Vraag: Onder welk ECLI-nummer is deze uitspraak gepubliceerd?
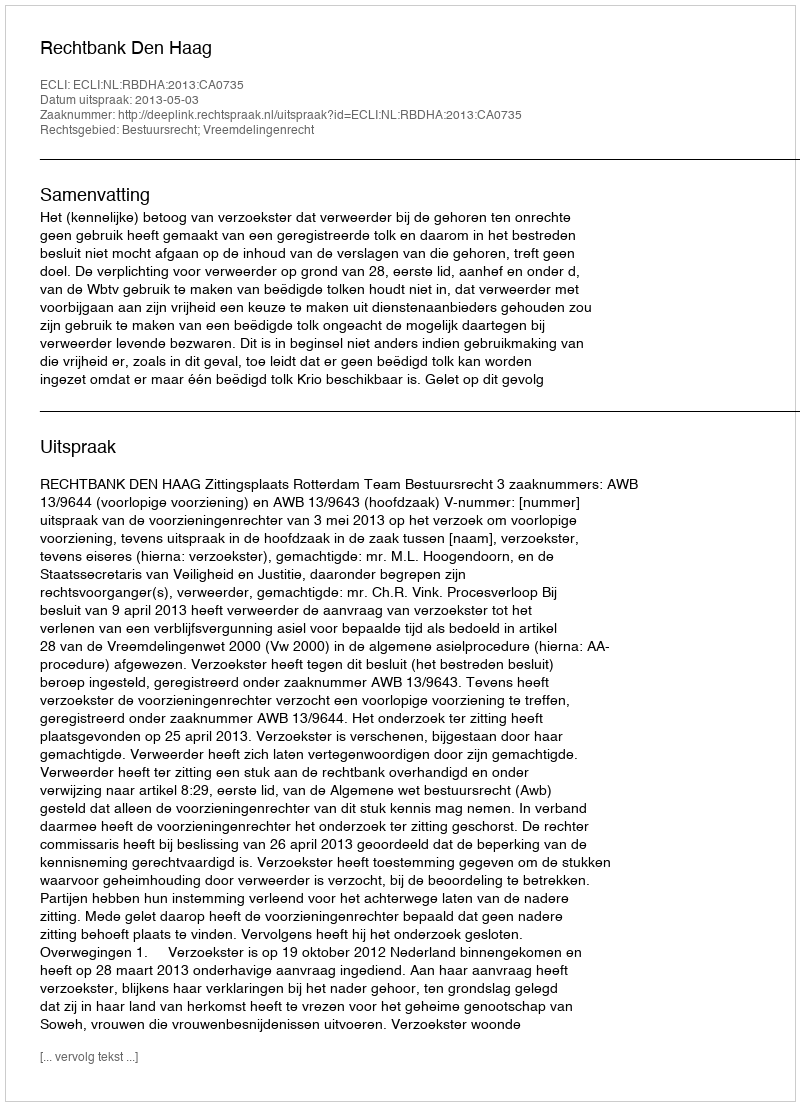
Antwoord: ECLI:NL:RBDHA:2013:CA0735